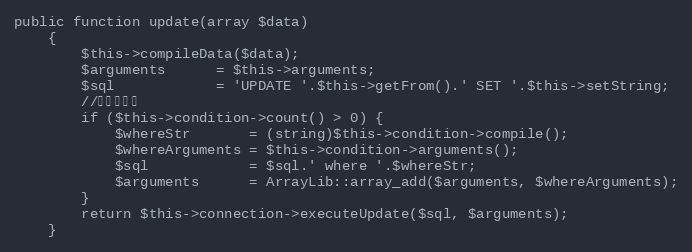
Language: PHP
public function update(array $data)
    {
        $this->compileData($data);
        $arguments      = $this->arguments;
        $sql            = 'UPDATE '.$this->getFrom().' SET '.$this->setString;
        //设置了条件
        if ($this->condition->count() > 0) {
            $whereStr       = (string)$this->condition->compile();
            $whereArguments = $this->condition->arguments();
            $sql            = $sql.' where '.$whereStr;
            $arguments      = ArrayLib::array_add($arguments, $whereArguments);
        }
        return $this->connection->executeUpdate($sql, $arguments);
    }